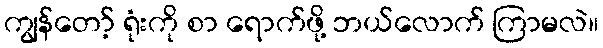
ကျွန်တော့် ရုံးကို စာ ရောက်ဖို့ ဘယ်လောက် ကြာမလဲ။